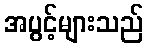
အပွင့်များသည်